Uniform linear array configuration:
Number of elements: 48
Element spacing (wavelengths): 1
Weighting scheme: hann
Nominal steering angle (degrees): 30
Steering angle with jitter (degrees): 28.944
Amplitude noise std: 0.05
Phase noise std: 0.05

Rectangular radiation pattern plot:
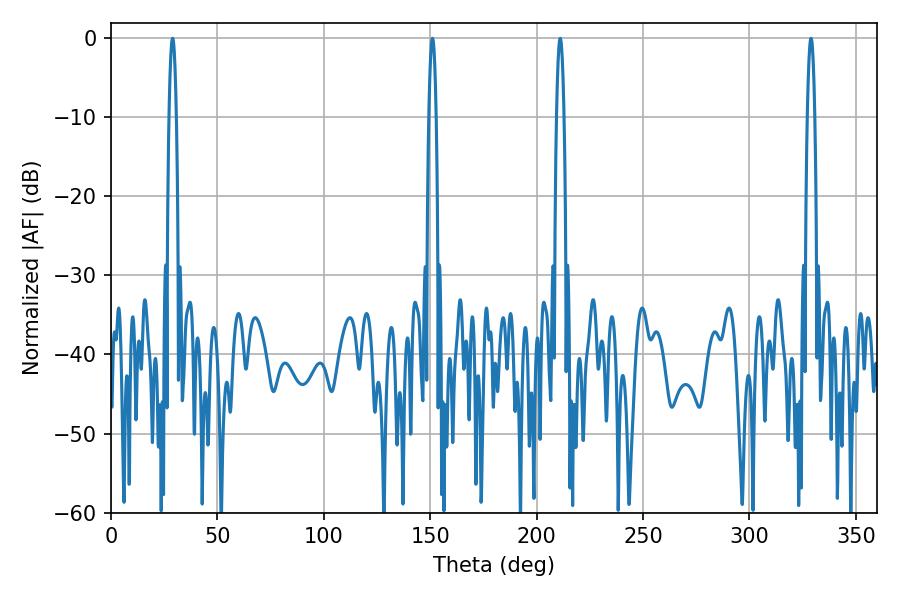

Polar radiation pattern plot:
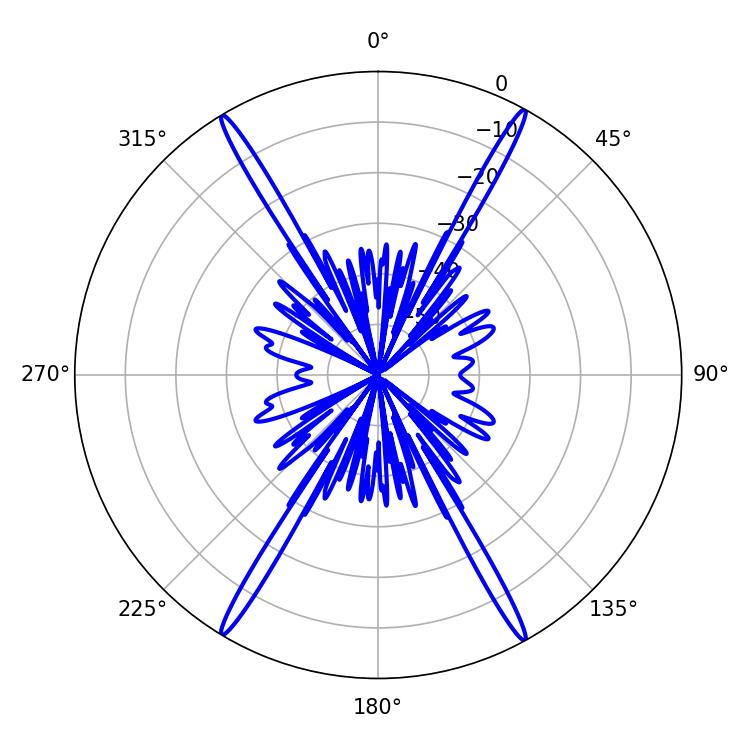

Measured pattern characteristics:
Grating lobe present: TRUE
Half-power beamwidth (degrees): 1.8
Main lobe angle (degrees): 151.02